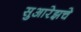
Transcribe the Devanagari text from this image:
सुआरेझचे